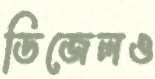
ডিজেলও